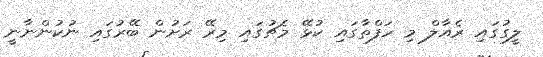
ލީގުގައި ރެއާލް މި ހަފްތާގައި ކުޅޭ މެޗުގައި މިރޭ ރަށުން ބޭރުގައި ނުކުންނާނީ